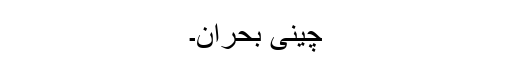
چینی بحران۔